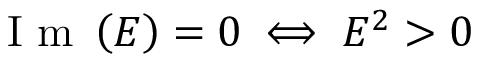
\mathrm { ~ I ~ m ~ } \left( E \right) = 0 \iff E ^ { 2 } > 0